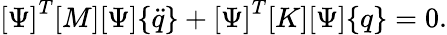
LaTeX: {\left[\begin{array}{l}{\Psi}\end{array}\right]}^{T}{\left[\begin{array}{l}{M}\end{array}\right]}{\left[\begin{array}{l}{\Psi}\end{array}\right]}{\left\{ \begin{array}{l}{{\ddot{q}}}\end{array}\right\} }+{\left[\begin{array}{l}{\Psi}\end{array}\right]}^{T}{\left[\begin{array}{l}{K}\end{array}\right]}{\left[\begin{array}{l}{\Psi}\end{array}\right]}{\left\{ \begin{array}{l}{q}\end{array}\right\} }=0.